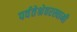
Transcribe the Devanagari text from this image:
पर्वतेश्रेवरस्वामी